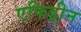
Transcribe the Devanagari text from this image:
एफिड्रीन